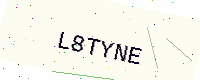
Text: L8TYNE